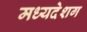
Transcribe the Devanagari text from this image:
मध्यदेशग